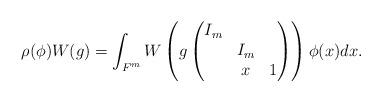
LaTeX: \begin{align*}\rho(\phi)W(g)=\int_{ F^m}W\left(g\begin{pmatrix} I_m & & \\ & I_m & \\ & x & 1 \end{pmatrix}\right)\phi(x)dx.\end{align*}